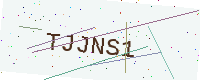
Text: TJJNS1